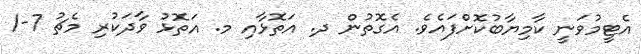
އެޓީމުވަނީ ކާމިޔާބުކޮށްފައެވެ. އެގޮތުން ދ. އަތޮޅާއި މ. އަތޮޅު ވާދަކުރި މެޗު 7-1